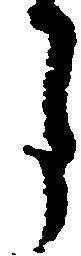
月